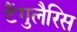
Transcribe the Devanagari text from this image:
टैंगुलैरिस